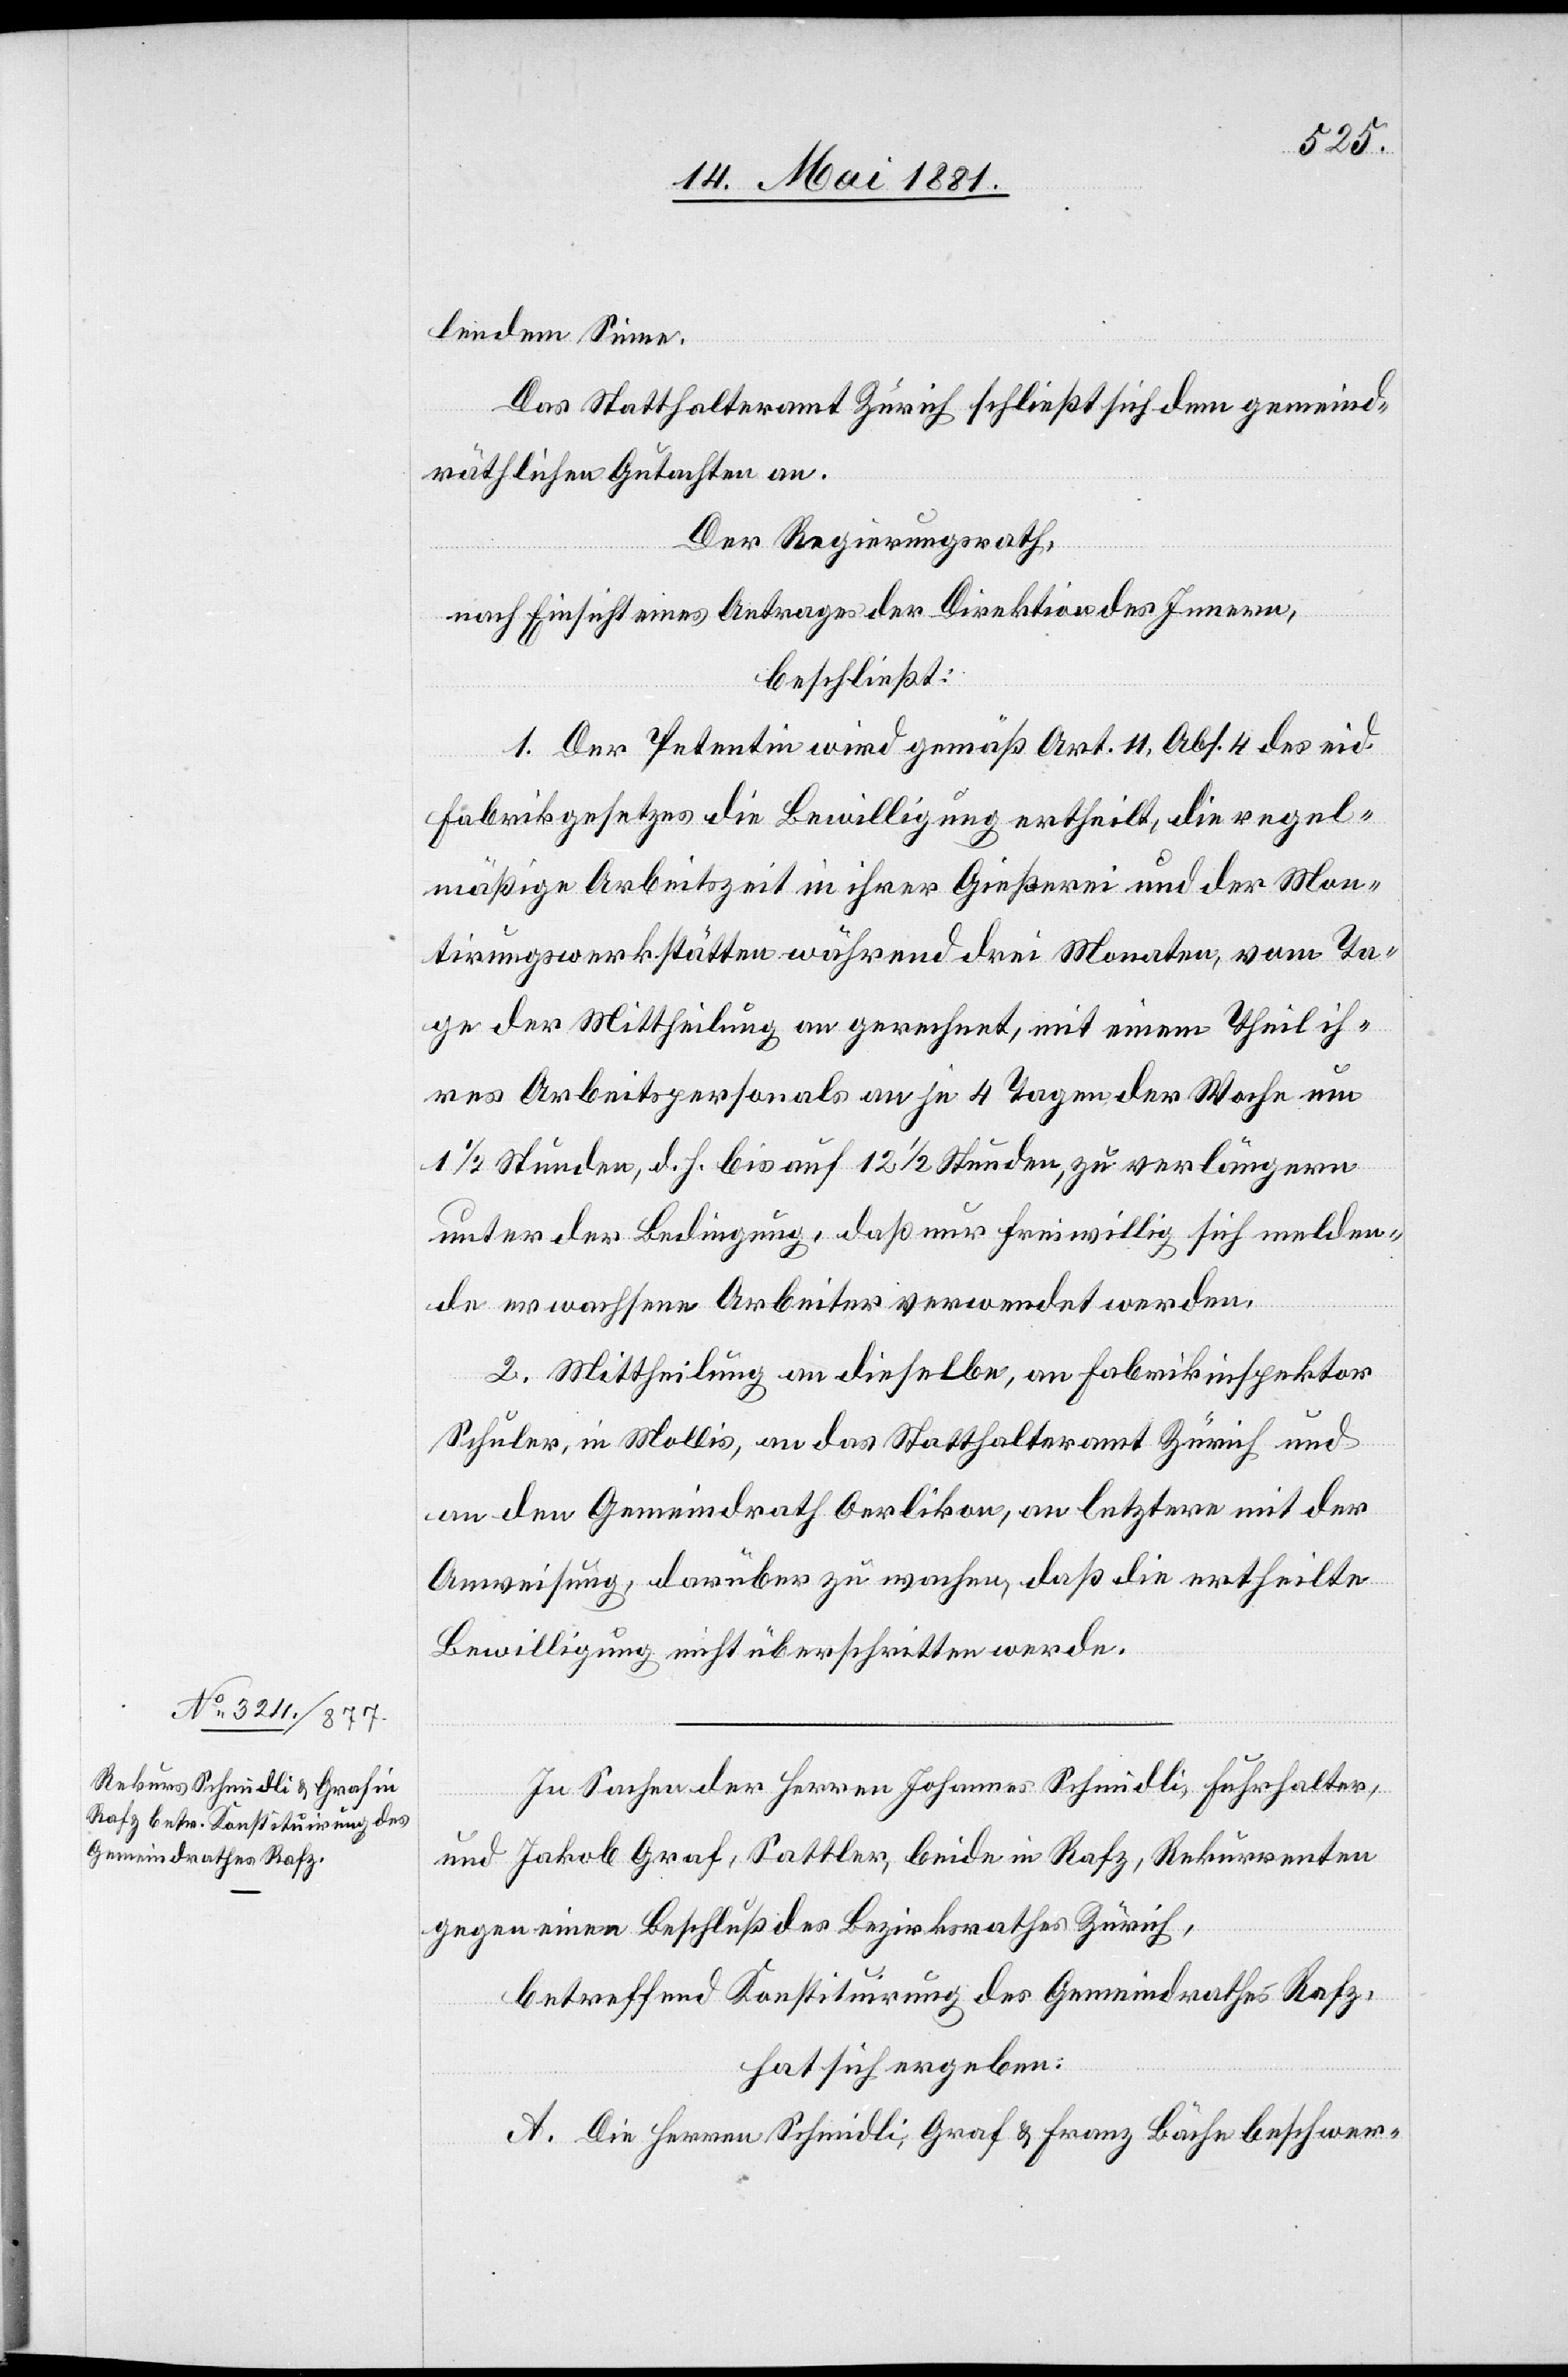
lendem Sinne.
Das Statthalteramt Zürich schließt sich dem gemeind¬
räthlichen Gutachten an.
Der Regierungsrath,
nach Einsicht eines Antrages der Direktion des Innern,
beschließt:
1. Der Petentin wird gemäß Art. 11, Abs. 4 des eid.
Fabrikgesetzes die Bewilligung ertheilt, die regel¬
mäßige Arbeitszeit in ihrer Gießerei und der Mon¬
tirungswerkstätten während drei Monaten, vom Ta¬
ge der Mittheilung an gerechnet, mit einem Theil ih¬
res Arbeitspersonals an je 4 Tagen der Woche um
unter der Bedingung, daß nur freiwillig sich melden¬
de erwachsene Arbeiter verwendet werden.
2. Mittheilung an dieselben, an Fabrikinspektor
Schuler, in Mollis, an das Statthalteramt Zürich und
an den Gemeindrath Oerlikon, an letztere mit der
Anweisung darüber zu wachen, daß die ertheilte
Bewilligung nicht überschritten werde.
In Sachen der Herren Johannes Schmidli, Fuhrhalter,
und Jakob Graf, Sattler, beide in Rafz, Rekurrenten
gegen einen Beschluß des Bezirksrathes Zürich,
betreffend Konstituirung des Gemeindrathes Rafz,
hat sich ergeben:
A. Die Herren Schmidli, Graf & Franz Bächi beschwer-